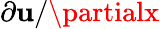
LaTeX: \partial\mathbf{u}/\partialx